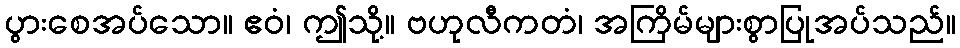
ပွားစေအပ်သော။ ဧဝံ၊ ဤသို့။ ဗဟုလီကတံ၊ အကြိမ်များစွာပြုအပ်သည်။